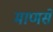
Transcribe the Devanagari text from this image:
माणसें